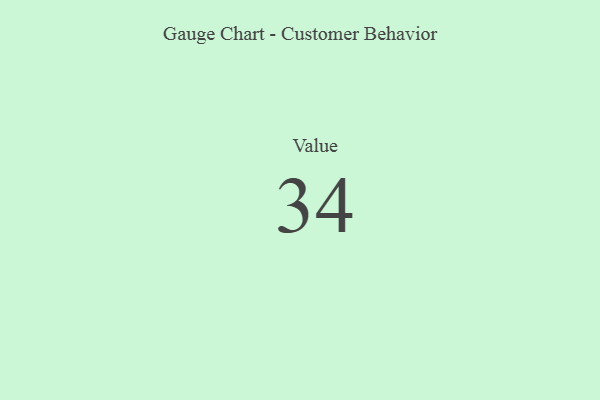
{"axis": {"x": "Metric", "y": "Value"}, "legend": [""], "data": [{"x": "Value", "y": 34, "type": ""}]}